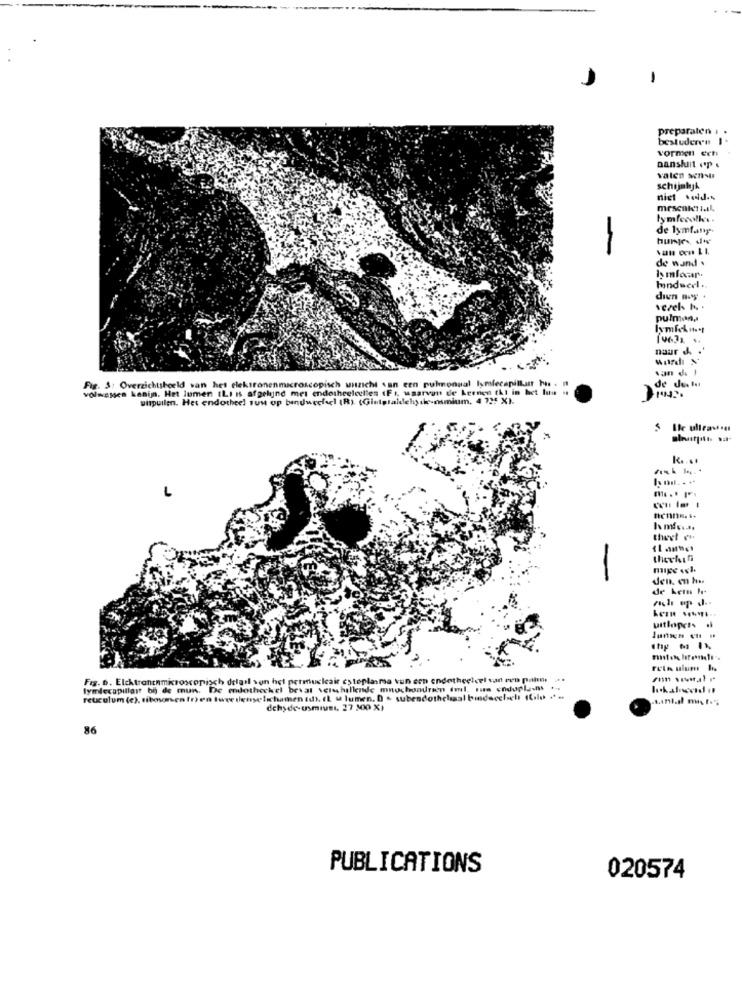
-
preparaten .
bestuderen 1
vormen ech
Danshuilt op .
valen sensus
schijnhyk
niet said.s
lymfecolks.
de lymfany.
de wand .
hmlocar
mndwerl ..
diun ney .
vezels ho. .
pulman,
naur &
de de la
Fig. S: Overzichtsbeeld van het elektronenmicroscopisch wuzicht van een pulmonual lymfecapillan his . n
volwassen kenij. Het lumen (LI Is afgelijnd met endotheelcelles (F 1. waarvan de kernen thi in het Ius .
uispullen. Het endotheel Tun op bindweefsel (R). (Giniptaldehydr-osmium, 4 725 X1.
Ble ultras su
K ....
la nil. . +4
theel vi
den. e ha
reta ulum lis
Fig. 6. Elcktranenmicroscopisch delgil son het permuckair cytoplasma vun con endotheelcel van een palm. ...
tymlecapillair bij de mun. De endotheckel beval vershillende mnochondri'n iml. rus endupla-mss ...
reuculum (c), tiboxmen fry en tuve denye lichamen (d). IL u lumen. D - subendothelsal bindeccheli (Gilo ..
dehyde-usmiuet, 27 300 X)
86
PUBLICATIONS
020574